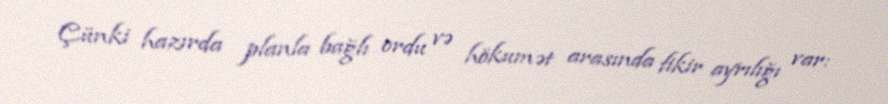
Çünki hazırda planla bağlı ordu və hökumət arasında fikir ayrılığı var: